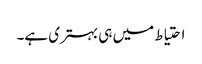
احتیاط میں ہی بہتری ہے۔